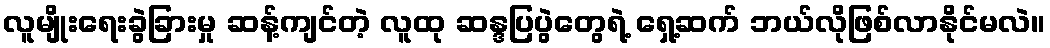
လူမျိုးရေးခွဲခြားမှု ဆန့်ကျင်တဲ့ လူထု ဆန္ဒပြပွဲတွေရဲ့ ရှေ့ဆက် ဘယ်လိုဖြစ်လာနိုင်မလဲ။